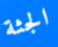
الجثة